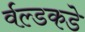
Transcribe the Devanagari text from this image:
र्वल्डकडे